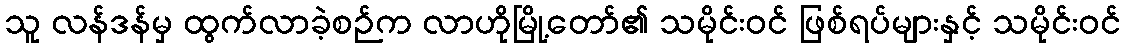
သူ လန်ဒန်မှ ထွက်လာခဲ့စဉ်က လာဟိုမြို့တော်၏ သမိုင်းဝင် ဖြစ်ရပ်များနှင့် သမိုင်းဝင်